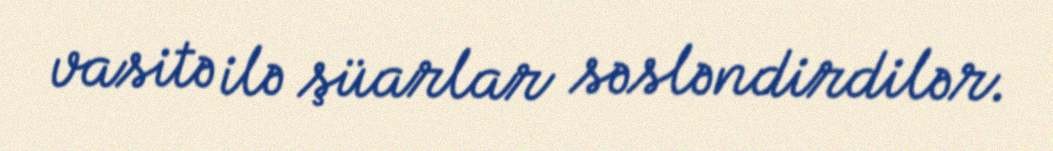
vasitə ilə şüarlar səsləndirdilər.